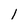
Character: 1